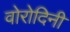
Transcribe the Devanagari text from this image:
वोरोदिनी